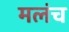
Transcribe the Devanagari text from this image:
मलंच